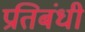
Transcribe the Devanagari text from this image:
प्रतिबंधी